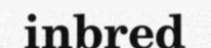
inbred